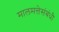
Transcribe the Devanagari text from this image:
मालमत्तेसंबंधी